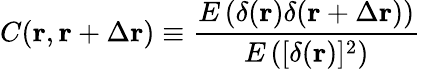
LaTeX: C(\mathbf{r},\mathbf{r}+\Delta\mathbf{r})\equiv\frac{E\left(\delta(\mathbf{r})\delta(\mathbf{r}+\Delta\mathbf{r})\right)}{E\left([\delta(\mathbf{r})]^{2}\right)}